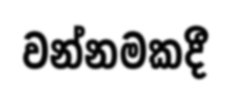
වන්නමකදී